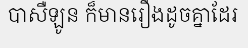
បាសឺឡូន ក៏មានរឿងដូចគ្នាដែរ